Vaccination in Bombay 1869-1873 - 1869-1873
Year: 1869
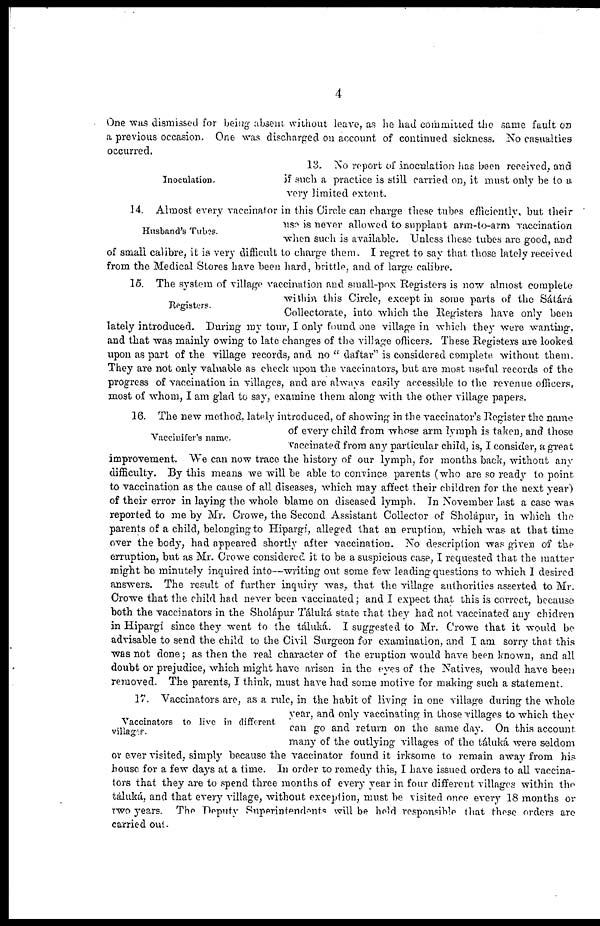
4
One was dismissed for being absent without leave, as he had committed the same fault on
a previous occasion. One was discharged on account of continued sickness. No casualties
occurred.
Inoculation.
13. No report of inoculation has been received, and
if such a practice is still carried on, it must only be to a
very limited extent.
Husband's Tubes.
14. Almost every vaccinator in this Circle can charge these tubes efficiently, but their
use is never allowed to supplant arm-to-arm vaccination
when such is available. Unless these tubes are good, and
of small calibre, it is very difficult to charge them. I regret to say that those lately received
from the Medical Stores have been hard, brittle, and of large calibre.
Registers.
15. The system of village vaccination and small-pox Registers is now almost complete
within this Circle, except in some parts of the Sátárá
Collectorate, into which the Registers have only been
lately introduced. During my tour, I only found one village in which they were wanting,
and that was mainly owing to late changes of the village officers. These Registers are looked
upon as part of the village records, and no " daftar" is considered complete without them.
They are not only valuable as check upon the vaccinators, but are most useful records of the
progress of vaccination in villages, and are always easily accessible to the revenue officers,
most of whom, I am glad to say, examine them along with the other village papers.
Vaccinifer's name.
16. The new method, lately introduced, of showing in the vaccinator's Register the name
of every child from whose arm lymph is taken, and those
vaccinated from any particular child, is, I consider, a great
improvement. We can now trace the history of our lymph, for months back, without any
difficulty. By this means we will be able to convince parents (who are so ready to point
to vaccination as the cause of all diseases, which may affect their children for the next year)
of their error in laying the whole blame on diseased lymph. In November last a case was
reported to me by Mr. Crowe, the Second Assistant Collector of Sholápur, in which the
parents of a child, belonging to Hipargí, alleged that an eruption, which was at that time
over the body, had appeared shortly after vaccination. No description was given of the
erruption, but as Mr. Crowe considered it to be a suspicious case, I requested that the matter
might be minutely inquired into—writing out some few leading questions to which I desired
answers. The result of further inquiry was, that the village authorities asserted to Mr.
Crowe that the child had never been vaccinated; and I expect that this is correct, because
both the vaccinators in the Sholápur Táluká state that they had not vaccinated any chidren
in Hipargi since they went to the táluká. I suggested to Mr. Crowe that it would be
advisable to send the child to the Civil Surgeon for examination, and I am sorry that this
was not done; as then the real character of the eruption would have been known, and all
doubt or prejudice, which might have arisen in the eyes of the Natives, would have been
removed. The parents, I think, must have had some motive for making such a statement.
Vaccinators to live in different
villages.
17. Vaccinators are, as a rule, in the habit of living in one village during the whole
year, and only vaccinating in those villages to which they
can go and return on the same day. On this account
many of the outlying villages of the táluká were seldom
or ever visited, simply because the vaccinator found it irksome to remain away from his
house for a few days at a time. In order to remedy this, I have issued orders to all vaccina-
tors that they are to spend three months of every year in four different villages within the
táluká, and that every village, without exception, must be visited once every 18 months or
two years. The Deputy Superintendent's will be hold responsible that these orders are
carried out.